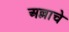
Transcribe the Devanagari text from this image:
अल्लाचे